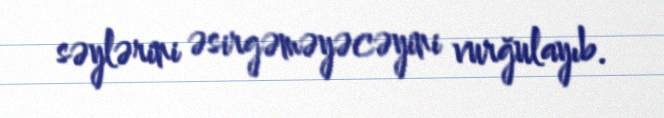
səylərini əsirgəməyəcəyini vurğulayıb.